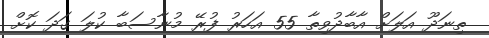
ތިނަދޫ އަލަށް އާބާދުވިތާ 55 އަހަރު ފުރޭ މުނާސަބާ ކުލަ ގަދަ ކޮށް